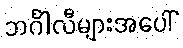
ဘင်္ဂါလီများအပေါ်